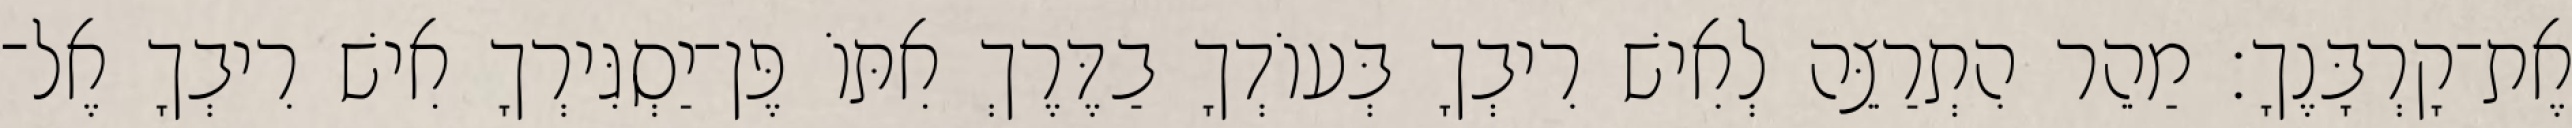
אֶת־קָרְבָּנֶךָ׃ מַהֵר הִתְרַצֵּה לְאִישׁ רִיבְךָ בְּעוֹדְךָ בַדֶּרֶךְ אִתּוֹ פֶּן־יַסְגִּירְךָ אִישׁ רִיבְךָ אֶל־